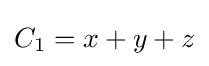
C_{1}=x+y+z